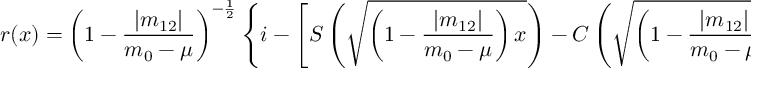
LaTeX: r ( x ) = \left( 1 - \frac { | m _ { 1 2 } | } { m _ { 0 } - \mu } \right) ^ { - \frac { 1 } { 2 } } \left\{ i - \left[ S \left( \sqrt { \left( 1 - \frac { | m _ { 1 2 } | } { m _ { 0 } - \mu } \right) x } \right) - C \left( \sqrt { \left( 1 - \frac { | m _ { 1 2 } | } { m _ { 0 } - \mu } \right) x } \right) \right] \right.